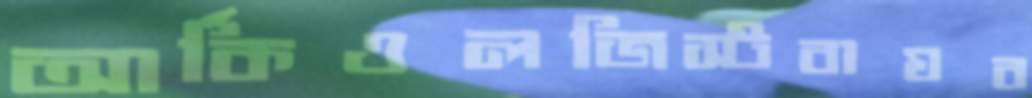
আর্কিওলজিস্টবাঘব